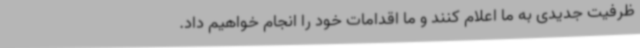
ظرفیت جدیدی به ما اعلام کنند و ما اقدامات خود را انجام خواهیم داد.